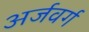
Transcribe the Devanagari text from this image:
अर्जवर्ग